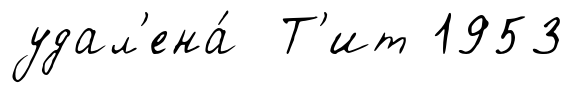
удал'ена́ Т'ит 1953